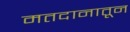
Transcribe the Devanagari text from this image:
मतदानातून